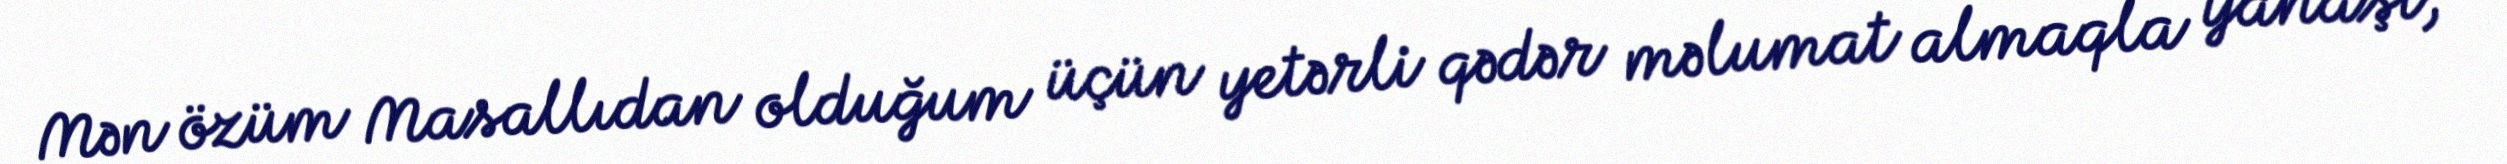
Mən özüm Masallıdan olduğum üçün yetərli qədər məlumat almaqla yanaşı,